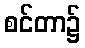
စင်တာ၌